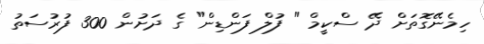
ހިމެނޭގޮތަށް ދޭ ސްކީމް " ފުލް ފަންޑިން" ގެ ދަށުން 300 ފުރުސަތު